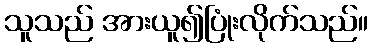
သူသည် အားယူ၍ပြုံးလိုက်သည်။